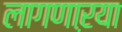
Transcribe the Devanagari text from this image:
लागणाऱया